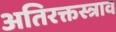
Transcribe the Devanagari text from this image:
अतिरक्तस्त्राव